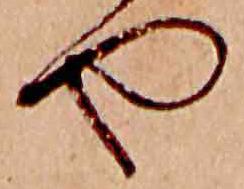
や